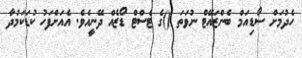
ހެދުމަށް ސޯޑިއަމް ބެންޒައޭޓް ނުވަތަ ()ގެ ޓެސްޓް ޑޯޒެއް ދޭނީއެވެ. އެއަށްފަހު ކުޑަކަމުދާ